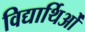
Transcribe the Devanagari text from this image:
विद्यार्थिओं